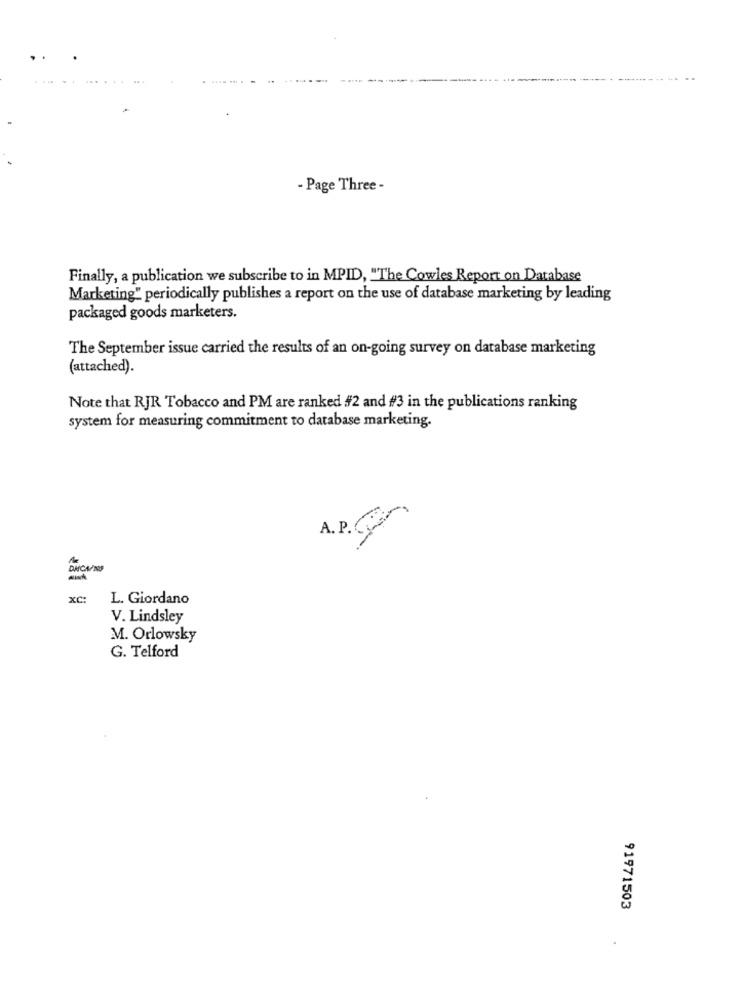
.....
- Page Three -
Finally, a publication we subscribe to in MPID, "The Cowles Report on Database
Marketing" periodically publishes a report on the use of database marketing by leading
packaged goods marketers.
The September issue carried the results of an on-going survey on database marketing
(attached).
Note that RJR Tobacco and PM are ranked #2 and #3 in the publications ranking
system for measuring commitment to database marketing.
A. P.C
DMCA/NS
xC:
L. Giordano
V. Lindsley
M. Orlowsky
G. Telford
91971503